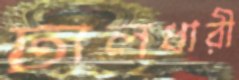
ঢালধারী